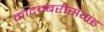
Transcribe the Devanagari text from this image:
कादम्बरीसंग्रह